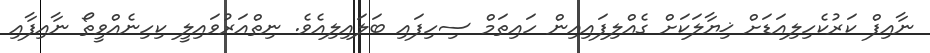
ނާއިފް ކަރުކެހިލިއަޑަށް ޚިޔާލަކަށް ގެއްލިފައިއިން ހައިތަމް ސިހިފައި ބަލައިލިއެވެ. ނިތްއަރުވައިލީ ކިހިނެއްވީތޯ ނާއިފާއި